Indian Civil Veterinary Department memoirs
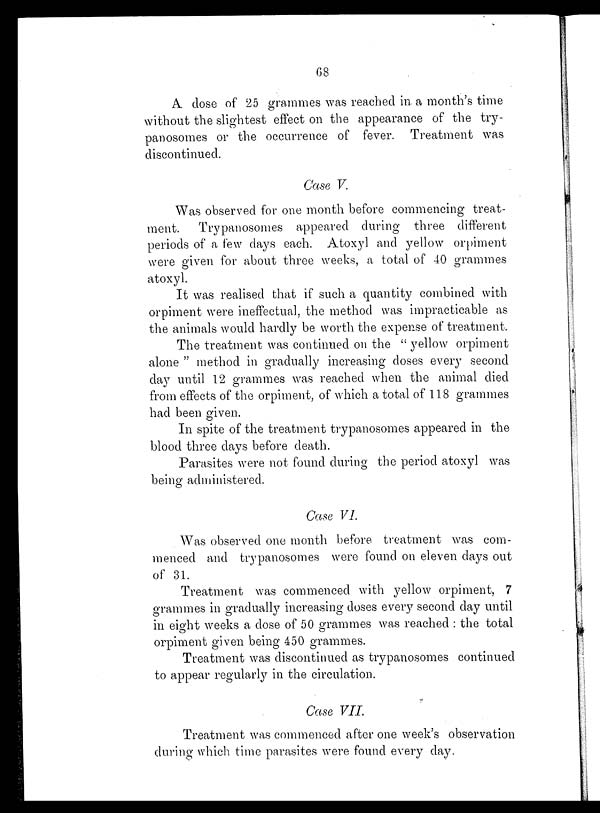
68
A dose of 25 grammes was reached in a month's time
without the slightest effect on the appearance of the try-
panosomes or the occurrence of fever. Treatment was
discontinued.
Case V.
Was observed for one month before commencing treat-
ment. Trypanosomes appeared during three different
periods of a few days each. Atoxyl and yellow orpiment
were given for about three weeks, a total of 40 grammes
atoxyl.
It was realised that if such a quantity combined with
orpiment were ineffectual, the method was impracticable as
the animals would hardly be worth the expense of treatment.
The treatment was continued on the "yellow orpiment
alone" method in gradually increasing doses every second
day until 12 grammes was reached when the animal died
from effects of the orpiment, of which a total of 118 grammes
had been given.
In spite of the treatment trypanosomes appeared in the
blood three days before death.
Parasites were not found during the period atoxyl was
being administered.
Case VI.
Was observed one month before treatment was com-
menced and trypanosomes were found on eleven days out
of 31.
Treatment was commenced with yellow orpiment, 7
grammes in gradually increasing doses every second day until
in eight weeks a dose of 50 grammes was reached: the total
orpiment given being 450 grammes.
Treatment was discontinued as trypanosomes continued
to appear regularly in the circulation.
Case VII.
Treatment was commenced after one week's observation
during which time parasites were found every day.